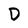
Character: D